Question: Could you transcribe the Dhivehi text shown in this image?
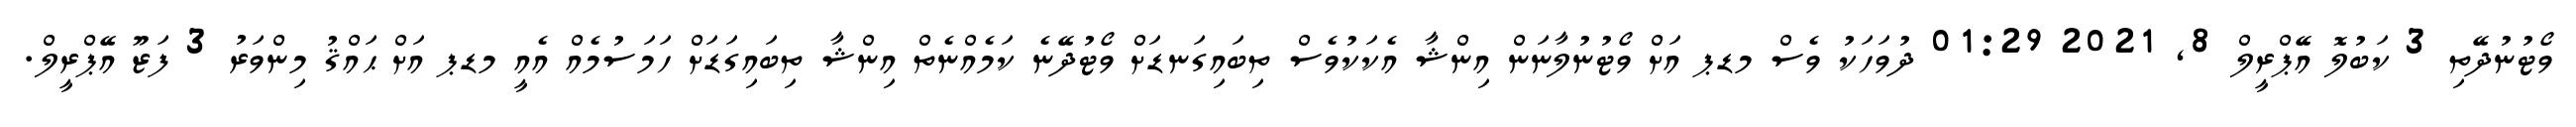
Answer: ވޯޓުނުދޭތި 3 ކަބުލޮ އޭޕްރީލް 8, 2021 01:29 ދުވަހަކު ވެސް މޑޕ އަށް ވޯޓުނުލާނަން އިންޝާ އެކަކުވެސް ތިބައިގަނޑަށް ވޯޓުދޭނެ ކަމެއްނެތް އިންޝާ ތިބައިގަޑަށް ހަމަސުމެއް އެއީ މޑޕ އަށް ޙައްޤު މިންވަރު 3 ފަޒޫ އޭޕްރީލް.